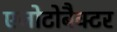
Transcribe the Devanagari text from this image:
एजोटोबैक्टर